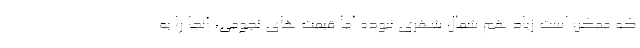
که ممکن است زیاد هم شمال شهری نبوده اما قیمت های نجومی، آنجا را به